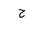
Letter: _ha